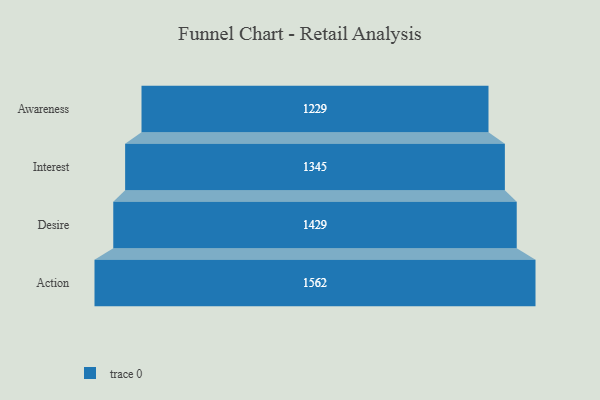
{"axis": {"x": "Stage", "y": "Value"}, "legend": [""], "data": [{"x": "Awareness", "y": 1229.0, "type": ""}, {"x": "Interest", "y": 1345.0, "type": ""}, {"x": "Desire", "y": 1429.0, "type": ""}, {"x": "Action", "y": 1562.0, "type": ""}]}